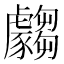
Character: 𲂣